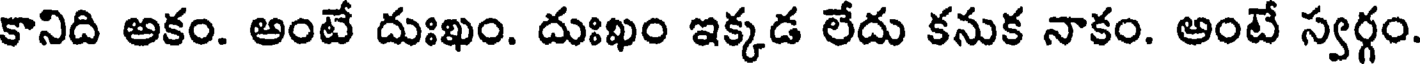
కానిది అకం. అంటే దుఃఖం. దుఃఖం ఇక్కడ లేదు కనుక నాకం. అంటే స్వర్గం